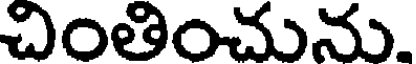
చింతించును.